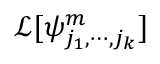
\mathcal { L } [ \psi _ { j _ { 1 } , \cdots , j _ { k } } ^ { m } ]